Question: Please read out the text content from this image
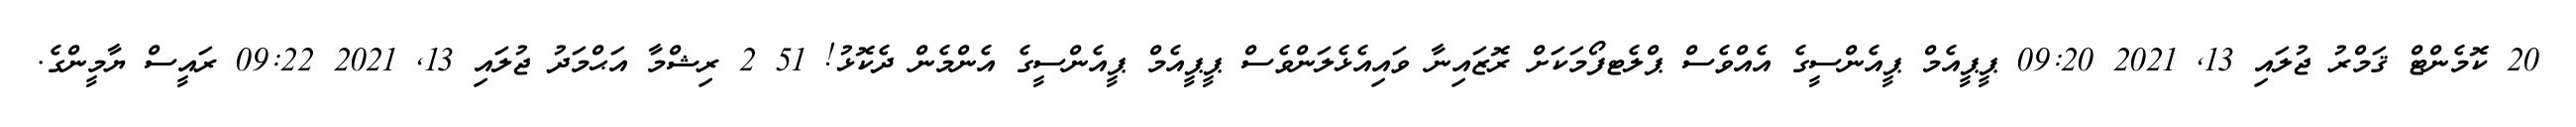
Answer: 20 ކޮމެންޓް ޤަމްރު ޖުލައި 13, 2021 09:20 ޕީޕީއެމް ޕީއެންސީގެ އެއްވެސް ޕްލެޓފޯމަކަށް ރޮޒައިނާ ވައިއެޅެލަންވެސް ޕީޕީއެމް ޕީއެންސީގެ އެންމެން ދެކޮޅު! 51 2 ރިޝްމާ އަޙްމަދު ޖުލައި 13, 2021 09:22 ރައީސް ޔާމީންގެ.